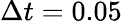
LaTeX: \Delta t=0.05